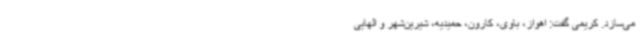
می‌سازد. کریمی گفت: اهواز، باوی، کارون، حمیدیه، شیرین‌شهر و الهایی